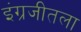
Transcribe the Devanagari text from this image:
इंग्रजीतला